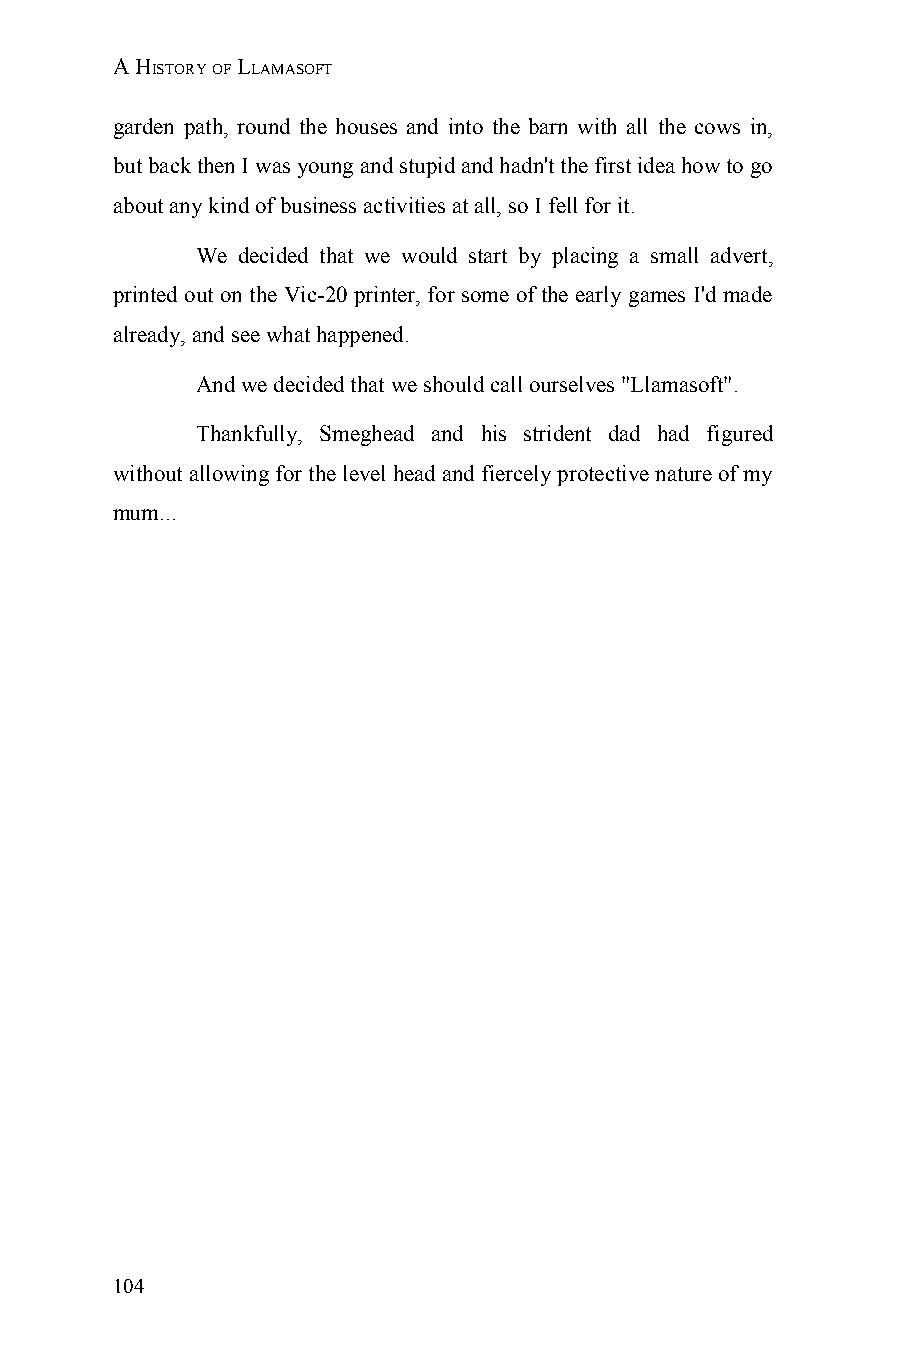
A HISTORY OF LLAMASOFT
 garden path, round the houses and into the barn with all the cows in,
 but back then I was young and stupid and hadn't the first idea how to go
 about any kind of business activities at all, so I fell for it.
 We decided that we would start by placing a small advert,
 printed out on the Vic-20 printer, for some of the early games I'd made
 already, and see what happened.
 And we decided that we should call ourselves "Llamasoft".
 Thankfully, Smeghead and his strident dad had figured
 without allowing for the level head and fiercely protective nature of my
 mum...
 104